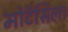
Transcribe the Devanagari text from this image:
मोटॅसिला